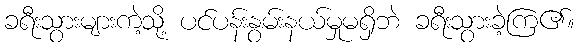
ခရီးသွားများကဲ့သို့ ပင်ပန်းနွမ်းနယ်မှုမရှိဘဲ ခရီးသွားခဲ့ကြ၏။